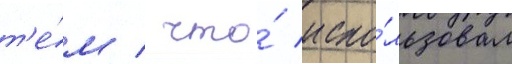
т'е́м / что́ испо́льзовал